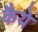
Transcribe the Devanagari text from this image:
कैये